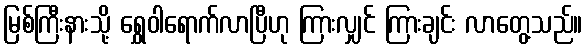
မြစ်ကြီးနားသို့ ရွှေဝါရောက်လာပြီဟု ကြားလျှင် ကြားချင်း လာတွေ့သည်။